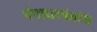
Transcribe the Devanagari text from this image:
गंगाधरपंतांचे